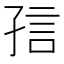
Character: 𡥪